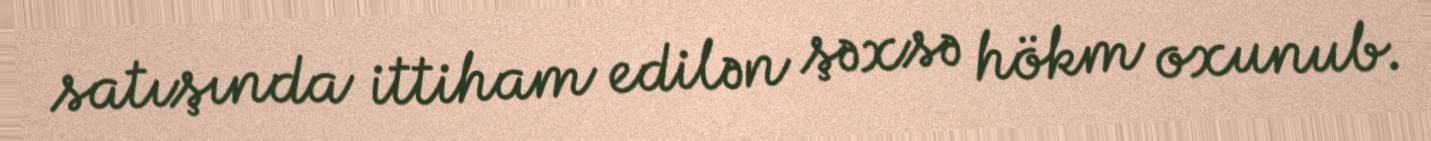
satışında ittiham edilən şəxsə hökm oxunub.